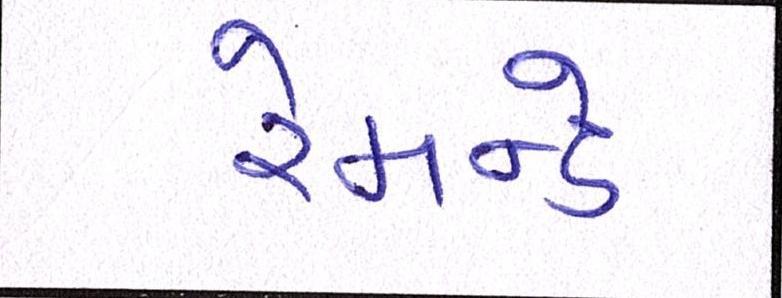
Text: રેમન્ડે